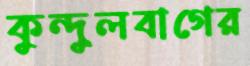
কুন্দুলবাগের